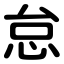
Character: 怠